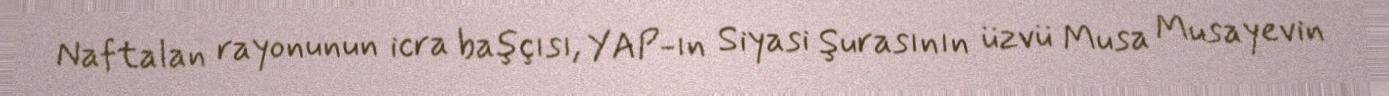
Naftalan rayonunun icra başçısı, YAP-ın Siyasi Şurasının üzvü Musa Musayevin